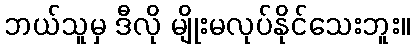
ဘယ်သူမှ ဒီလို မျိုးမလုပ်နိုင်သေးဘူး။